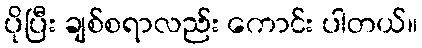
ပိုပြီး ချစ်စရာလည်း ကောင်း ပါတယ်။